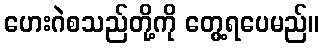
ဟေးဂဲစသည်တို့ကို တွေ့ရပေမည်။